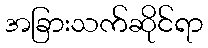
အခြားသက်ဆိုင်ရာ